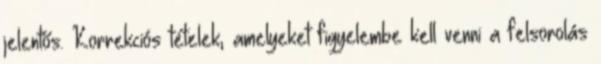
jelentős. Korrekciós tételek, amelyeket figyelembe kell venni a felsorolás